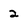
Character: 2